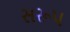
સરૂપ